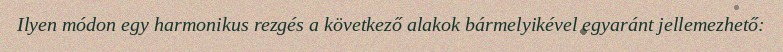
Ilyen módon egy harmonikus rezgés a következő alakok bármelyikével egyaránt jellemezhető: